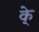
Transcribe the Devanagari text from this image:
के्